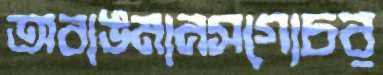
অবাঙমানসগোচর